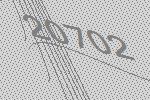
20702